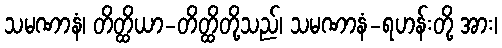
သမဏာနံ၊ တိတ္ထိယာ-တိတ္ထိတို့သည်၊ သမဏာနံ-ရဟန်းတို့ အား၊